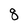
Character: 8